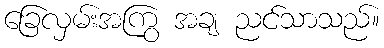
ခြေလှမ်းအကြွ အချ ညင်သာသည်။